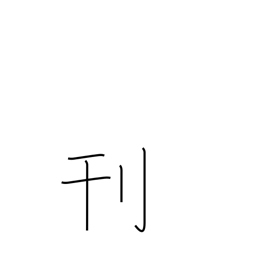
Meaning: carve